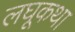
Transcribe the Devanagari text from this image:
लघूकथा